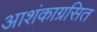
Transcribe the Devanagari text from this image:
आशंकाग्रसित